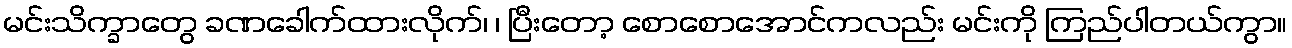
မင်းသိက္ခာတွေ ခဏခေါက်ထားလိုက်၊ ၊ ပြီးတော့ စောစောအောင်ကလည်း မင်းကို ကြည်ပါတယ်ကွာ။